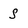
Character: S